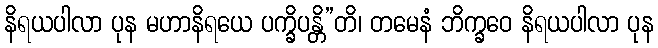
နိရယပါလာ ပုန မဟာနိရယေ ပက္ခိပန္တိ”တိ၊ တမေနံ ဘိက္ခဝေ နိရယပါလာ ပုန